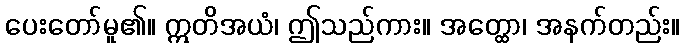
ပေးတော်မူ၏။ ဣတိအယံ၊ ဤသည်ကား။ အတ္ထော၊ အနက်တည်း။